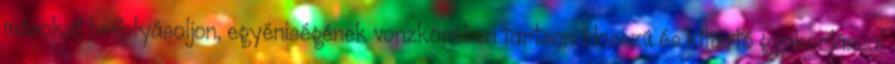
másokat befolyásoljon, egyéniségének vonzkörében tartson. Hosszú és kitartó gyakorlással